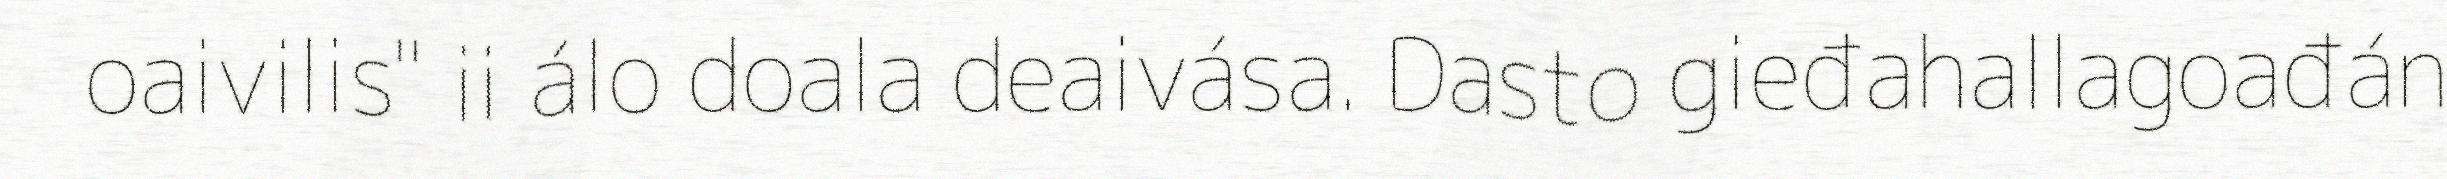
oaivilis" ii álo doala deaivása. Dasto gieđahallagoađán